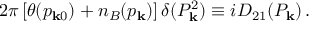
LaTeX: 2 \pi \, [ \theta ( p _ { { \bf k } 0 } ) + n _ { B } ( p _ { \bf k } ) ] \, \delta ( P _ { \bf k } ^ { 2 } ) \equiv i D _ { 2 1 } ( P _ { \bf k } ) \, .